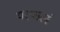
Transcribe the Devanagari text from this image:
यत्फलं